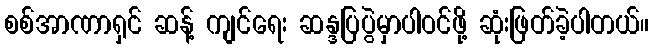
စစ်အာဏာရှင် ဆန့် ကျင်ရေး ဆန္ဒပြပွဲမှာပါဝင်ဖို့ ဆုံးဖြတ်ခဲ့ပါတယ်။